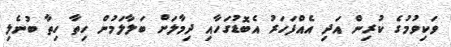
ވަކިވުމުގެ ކުރިން އަދި އެއްފަހަރު އެބޮޑުގަހާއި ދިމާލަށް ބަލާލަމުން ހިތާ ހިތާ ބުނެލި